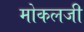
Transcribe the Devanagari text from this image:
मोकलजी